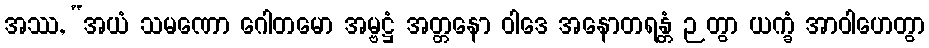
အဿ, “အယံ သမဏော ဂေါတမော အမ္ဗဋ္ဌံ အတ္တနော ဝါဒေ အနောတရန္တံ ဉတွာ ယက္ခံ အာဝါဟေတွာ